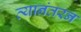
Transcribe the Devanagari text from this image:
त्यानंतरन